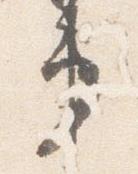
第